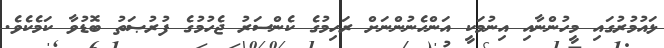
ޅައުމުރުގައި މީހުންނާއި އިނުމަކީ އަންހެނުންނަށް ރަހިމުގެ ކެންސަރު ޖެހުމުގެ ފުރުޞަތު ބޮޑުވާ ކަމެކެވެ.